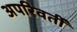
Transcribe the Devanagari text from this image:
अपरिवर्तीं